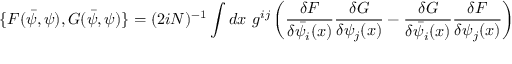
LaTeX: \{ F ( \bar { \psi } , \psi ) , G ( \bar { \psi } , \psi ) \} = ( 2 i N ) ^ { - 1 } \int d x ~ g ^ { i j } \left( \frac { \delta F } { \delta \bar { \psi } _ { i } ( x ) } \frac { \delta G } { \delta \psi _ { j } ( x ) } - \frac { \delta G } { \delta \bar { \psi } _ { i } ( x ) } \frac { \delta F } { \delta \psi _ { j } ( x ) } \right)